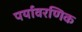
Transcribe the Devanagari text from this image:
पर्यावरणिक